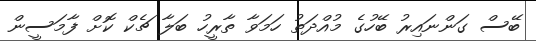
ބޭސް ގަންނައިރު ބޭހުގެ މުއްދަތު ހަމަވާ ތާރީހު ބަލާ ޗެކް ކޮށް ފާމަސީން